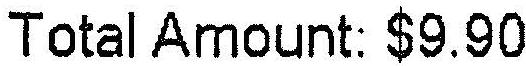
TOTAL AMOUNT: $9.90